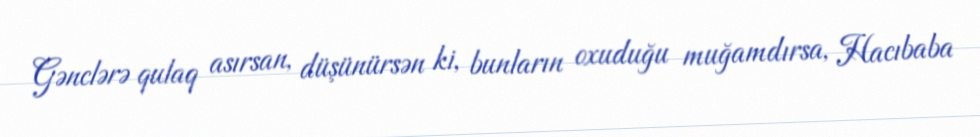
Gənclərə qulaq asırsan, düşünürsən ki, bunların oxuduğu muğamdırsa, Hacıbaba